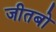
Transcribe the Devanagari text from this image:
जीतबो